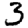
Digit: 3